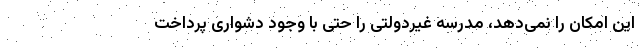
این امکان را نمی‌دهد، مدرسه غیردولتی را حتی با وجود دشواری پرداخت